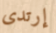
إرتدى